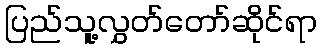
ပြည်သူ့လွှတ်တော်ဆိုင်ရာ